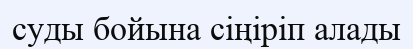
суды бойына сіңіріп алады